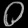
Digit: ၀